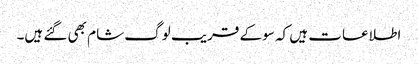
اطلاعات ہیں کہ سو کے قریب لوگ شام بھی گئے ہیں۔